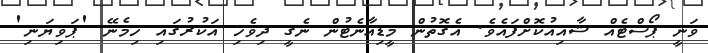
ވަނީ ޕޯސްޓެއް ޝާއިއުކޮށްފައެވެ. އެގޮތުން މީޑިއާނެޓުން ނެގީ ދިވެހި އަކުރުގައި ހިމެނޭ 'ޕަވިޔަނި'